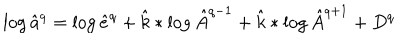
\log \hat { a } ^ { q } = \log \hat { e } ^ { q } + \hat { k } * \log \hat { A } ^ { q - 1 } + \hat { k } * \log \hat { A } ^ { q + 1 } + D ^ { q }